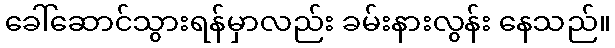
ခေါ်ဆောင်သွားရန်မှာလည်း ခမ်းနားလွန်း နေသည်။